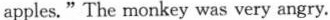
apples."The monkey was very angry.